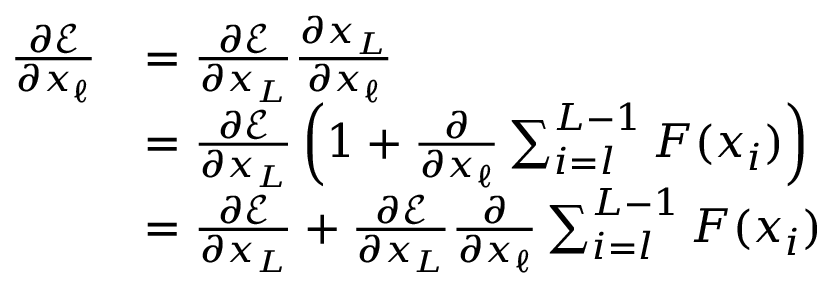
{ \begin{array} { r l } { { \frac { \partial { \mathcal { E } } } { \partial x _ { \ell } } } } & { = { \frac { \partial { \mathcal { E } } } { \partial x _ { L } } } { \frac { \partial x _ { L } } { \partial x _ { \ell } } } } \\ & { = { \frac { \partial { \mathcal { E } } } { \partial x _ { L } } } \left( 1 + { \frac { \partial } { \partial x _ { \ell } } } \sum _ { i = l } ^ { L - 1 } F ( x _ { i } ) \right) } \\ & { = { \frac { \partial { \mathcal { E } } } { \partial x _ { L } } } + { \frac { \partial { \mathcal { E } } } { \partial x _ { L } } } { \frac { \partial } { \partial x _ { \ell } } } \sum _ { i = l } ^ { L - 1 } F ( x _ { i } ) } \end{array} }